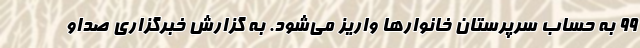
99 به حساب سرپرستان خانوار‌ها واریز می‌شود. به گزارش خبرگزاری صداو